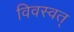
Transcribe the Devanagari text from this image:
विवस्वत्